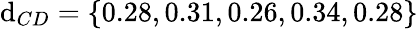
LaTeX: \mathrm{d}_{CD}=\{ 0.28,0.31,0.26,0.34,0.28\}